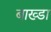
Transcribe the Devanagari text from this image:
बाख्डा